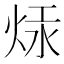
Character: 㶹